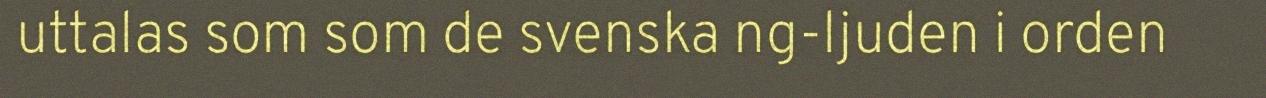
uttalas som som de svenska ng-ljuden i orden